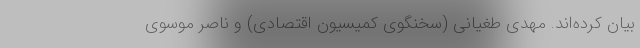
بیان کرده‌اند. مهدی طغیانی (سخنگوی کمیسیون اقتصادی) و ناصر موسوی